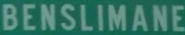
BENSILIMANE